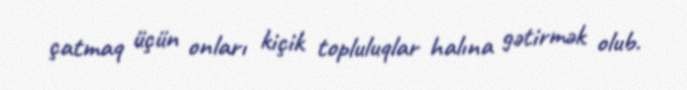
çatmaq üçün onları kiçik topluluqlar halına gətirmək olub.